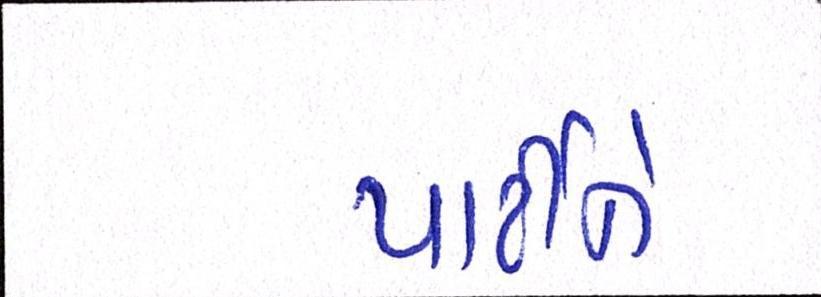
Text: પાર્ટીને